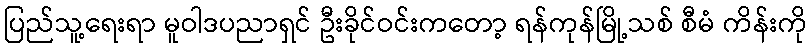
ပြည်သူ့ရေးရာ မူဝါဒပညာရှင် ဦးခိုင်ဝင်းကတော့ ရန်ကုန်မြို့သစ် စီမံ ကိန်းကို